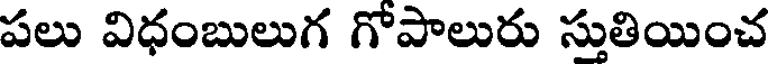
పలు విధంబులుగ గోపాలురు స్తుతియించ